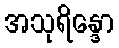
အသုရိန္ဒော